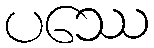
ပဿေ